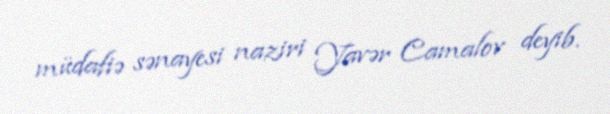
müdafiə sənayesi naziri Yavər Camalov deyib.